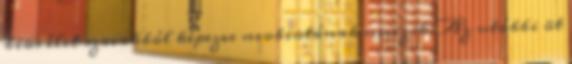
bios élet szavakból képezve neobiotának nevezik. Az utóbbi öt